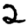
Digit: 2